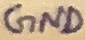
Text: GND